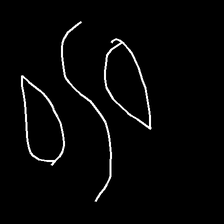
Glyph: water